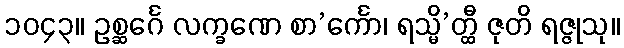
၁၀၄၃။ ဥစ္ဆင်္ဂေ လက္ခဏေ စာ’င်္ကော၊ ရသ္မိ’တ္ထီ ဇုတိ ရဇ္ဇုသု။